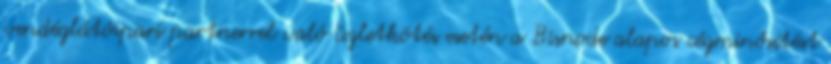
vendéglátóipari partnerrel való üzletkötés esetén a Bisnode alapos cégminősítést